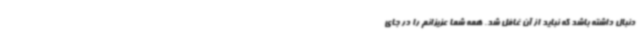
دنبال داشته باشد که نباید از آن غافل شد. همه شما عزیزانم را در جای